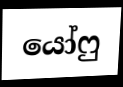
යෝෆු